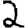
Digit: 2